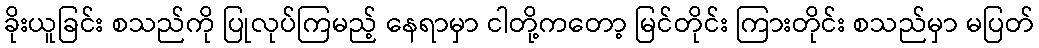
ခိုးယူခြင်း စသည်ကို ပြုလုပ်ကြမည့် နေရာမှာ ငါတို့ကတော့ မြင်တိုင်း ကြားတိုင်း စသည်မှာ မပြတ်